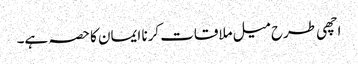
اچھی طرح میل ملاقات کرنا ایمان کا حصہ ہے۔